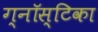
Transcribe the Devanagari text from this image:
ग्नॉस्टिका